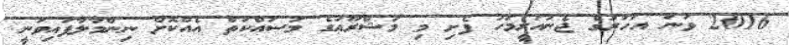
2016 ވަނަ އަހަރުގެ ޖެނުއަރީމަހު ފެށި މި މަޝްރޫޢުގެ މަސައްކަތް އެއްކޮށް ނިންމާލާފައިވަނީ